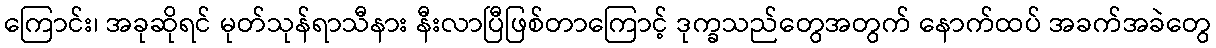
ကြောင်း၊ အခုဆိုရင် မုတ်သုန်ရာသီနား နီးလာပြီဖြစ်တာကြောင့် ဒုက္ခသည်တွေအတွက် နောက်ထပ် အခက်အခဲတွေ